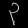
Digit: ၃